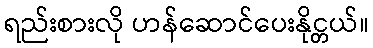
ရည်းစားလို ဟန်ဆောင်ပေးနိုင္တယ်။